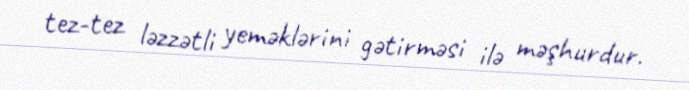
tez-tez ləzzətli yeməklərini gətirməsi ilə məşhurdur.